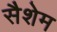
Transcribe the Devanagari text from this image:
सैशेम